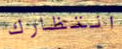
انتظارك